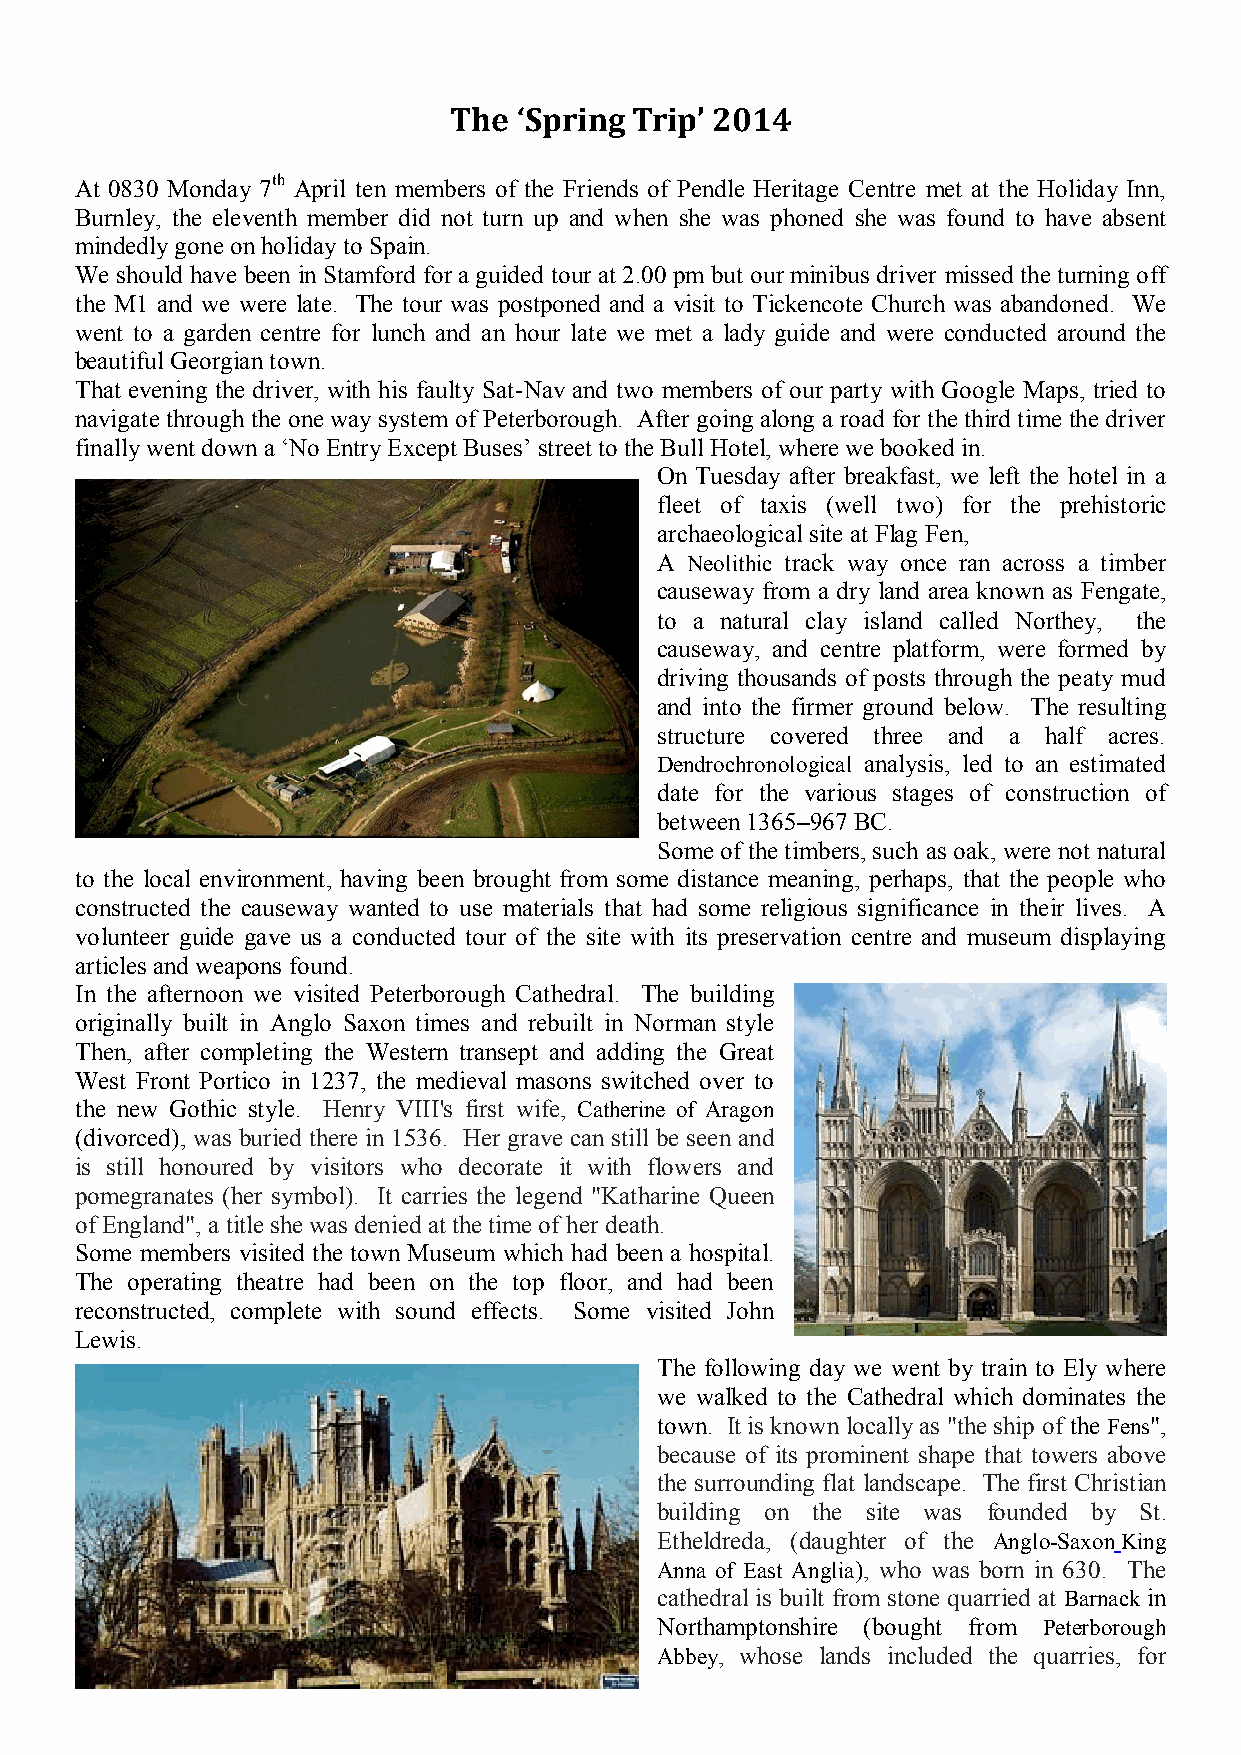
The ‘Spring Trip’ 2014
 At 0830 Monday 7th April ten members of the Friends of Pendle Heritage Centre met at the Holiday Inn,
 Burnley, the eleventh member did not turn up and when she was phoned she was found to have absent
 mindedly gone on holiday to Spain.
 We should have been in Stamford for a guided tour at 2.00 pm but our minibus driver missed the turning off
 the M1 and we were late. The tour was postponed and a visit to Tickencote Church was abandoned. We
 went to a garden centre for lunch and an hour late we met a lady guide and were conducted around the
 beautiful Georgian town.
 That evening the driver, with his faulty Sat-Nav and two members of our party with Google Maps, tried to
 navigate through the one way system of Peterborough. After going along a road for the third time the driver
 finally went down a ‘No Entry Except Buses’ street to the Bull Hotel, where we booked in.
 On Tuesday after breakfast, we left the hotel in a
 fleet of taxis (well two) for the prehistoric
 archaeological site at Flag Fen,
 A Neolithic track way once ran across a timber
 causeway from a dry land area known as Fengate,
 to a natural clay island called Northey, the
 causeway, and centre platform, were formed by
 driving thousands of posts through the peaty mud
 and into the firmer ground below. The resulting
 structure covered three and a half acres.
 Dendrochronological analysis, led to an estimated
 date for the various stages of construction of
 between 1365–967 BC.
 Some of the timbers, such as oak, were not natural
 to the local environment, having been brought from some distance meaning, perhaps, that the people who
 constructed the causeway wanted to use materials that had some religious significance in their lives. A
 volunteer guide gave us a conducted tour of the site with its preservation centre and museum displaying
 articles and weapons found.
 In the afternoon we visited Peterborough Cathedral. The building
 originally built in Anglo Saxon times and rebuilt in Norman style
 Then, after completing the Western transept and adding the Great
 West Front Portico in 1237, the medieval masons switched over to
 the new Gothic style. Henry VIII's first wife, Catherine of Aragon
 (divorced), was buried there in 1536. Her grave can still be seen and
 is still honoured by visitors who decorate it with flowers and
 pomegranates (her symbol). It carries the legend "Katharine Queen
 of England", a title she was denied at the time of her death.
 Some members visited the town Museum which had been a hospital.
 The operating theatre had been on the top floor, and had been
 reconstructed, complete with sound effects. Some visited John
 Lewis.
 The following day we went by train to Ely where
 we walked to the Cathedral which dominates the
 town. It is known locally as "the ship of the Fens",
 because of its prominent shape that towers above
 the surrounding flat landscape. The first Christian
 building on the site was founded by St.
 Etheldreda, (daughter of the Anglo-Saxon King
 Anna of East Anglia), who was born in 630. The
 cathedral is built from stone quarried at Barnack in
 Northamptonshire (bought from Peterborough
 Abbey, whose lands included the quarries, for